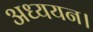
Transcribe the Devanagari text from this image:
अध्‍ययन।